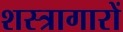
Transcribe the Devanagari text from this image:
शस्त्रागारों